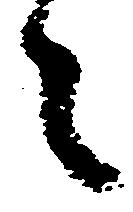
之